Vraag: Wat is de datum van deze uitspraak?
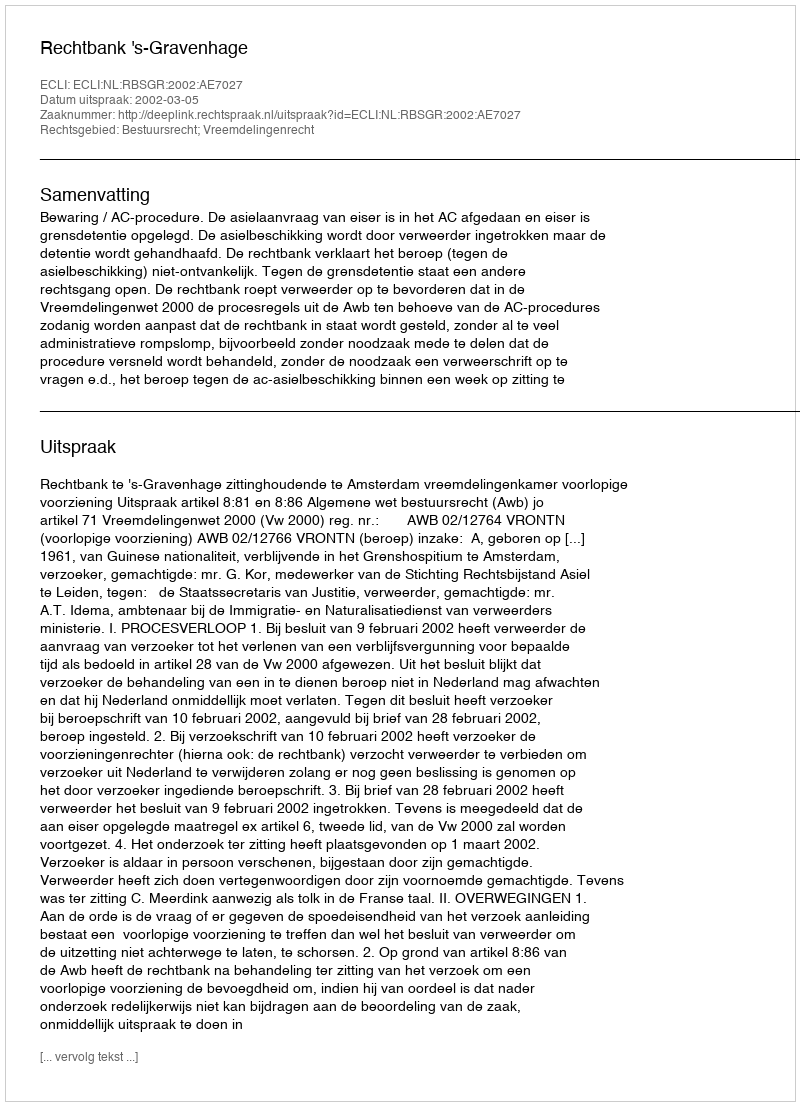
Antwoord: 2002-03-05